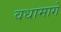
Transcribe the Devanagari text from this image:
वधामागे